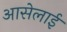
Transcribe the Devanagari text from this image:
आसेलाई